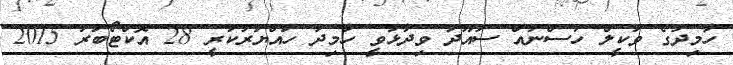
ހާމިދުގެ ވަކީލް ހުސްނުއް ސުއޫދު ވިދާޅުވީ ހާމިދު ހައްޔަރުކުރީ 28 އޮކްޓޯބަރު 2015